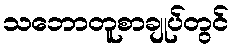
သဘောတူစာချုပ်တွင်